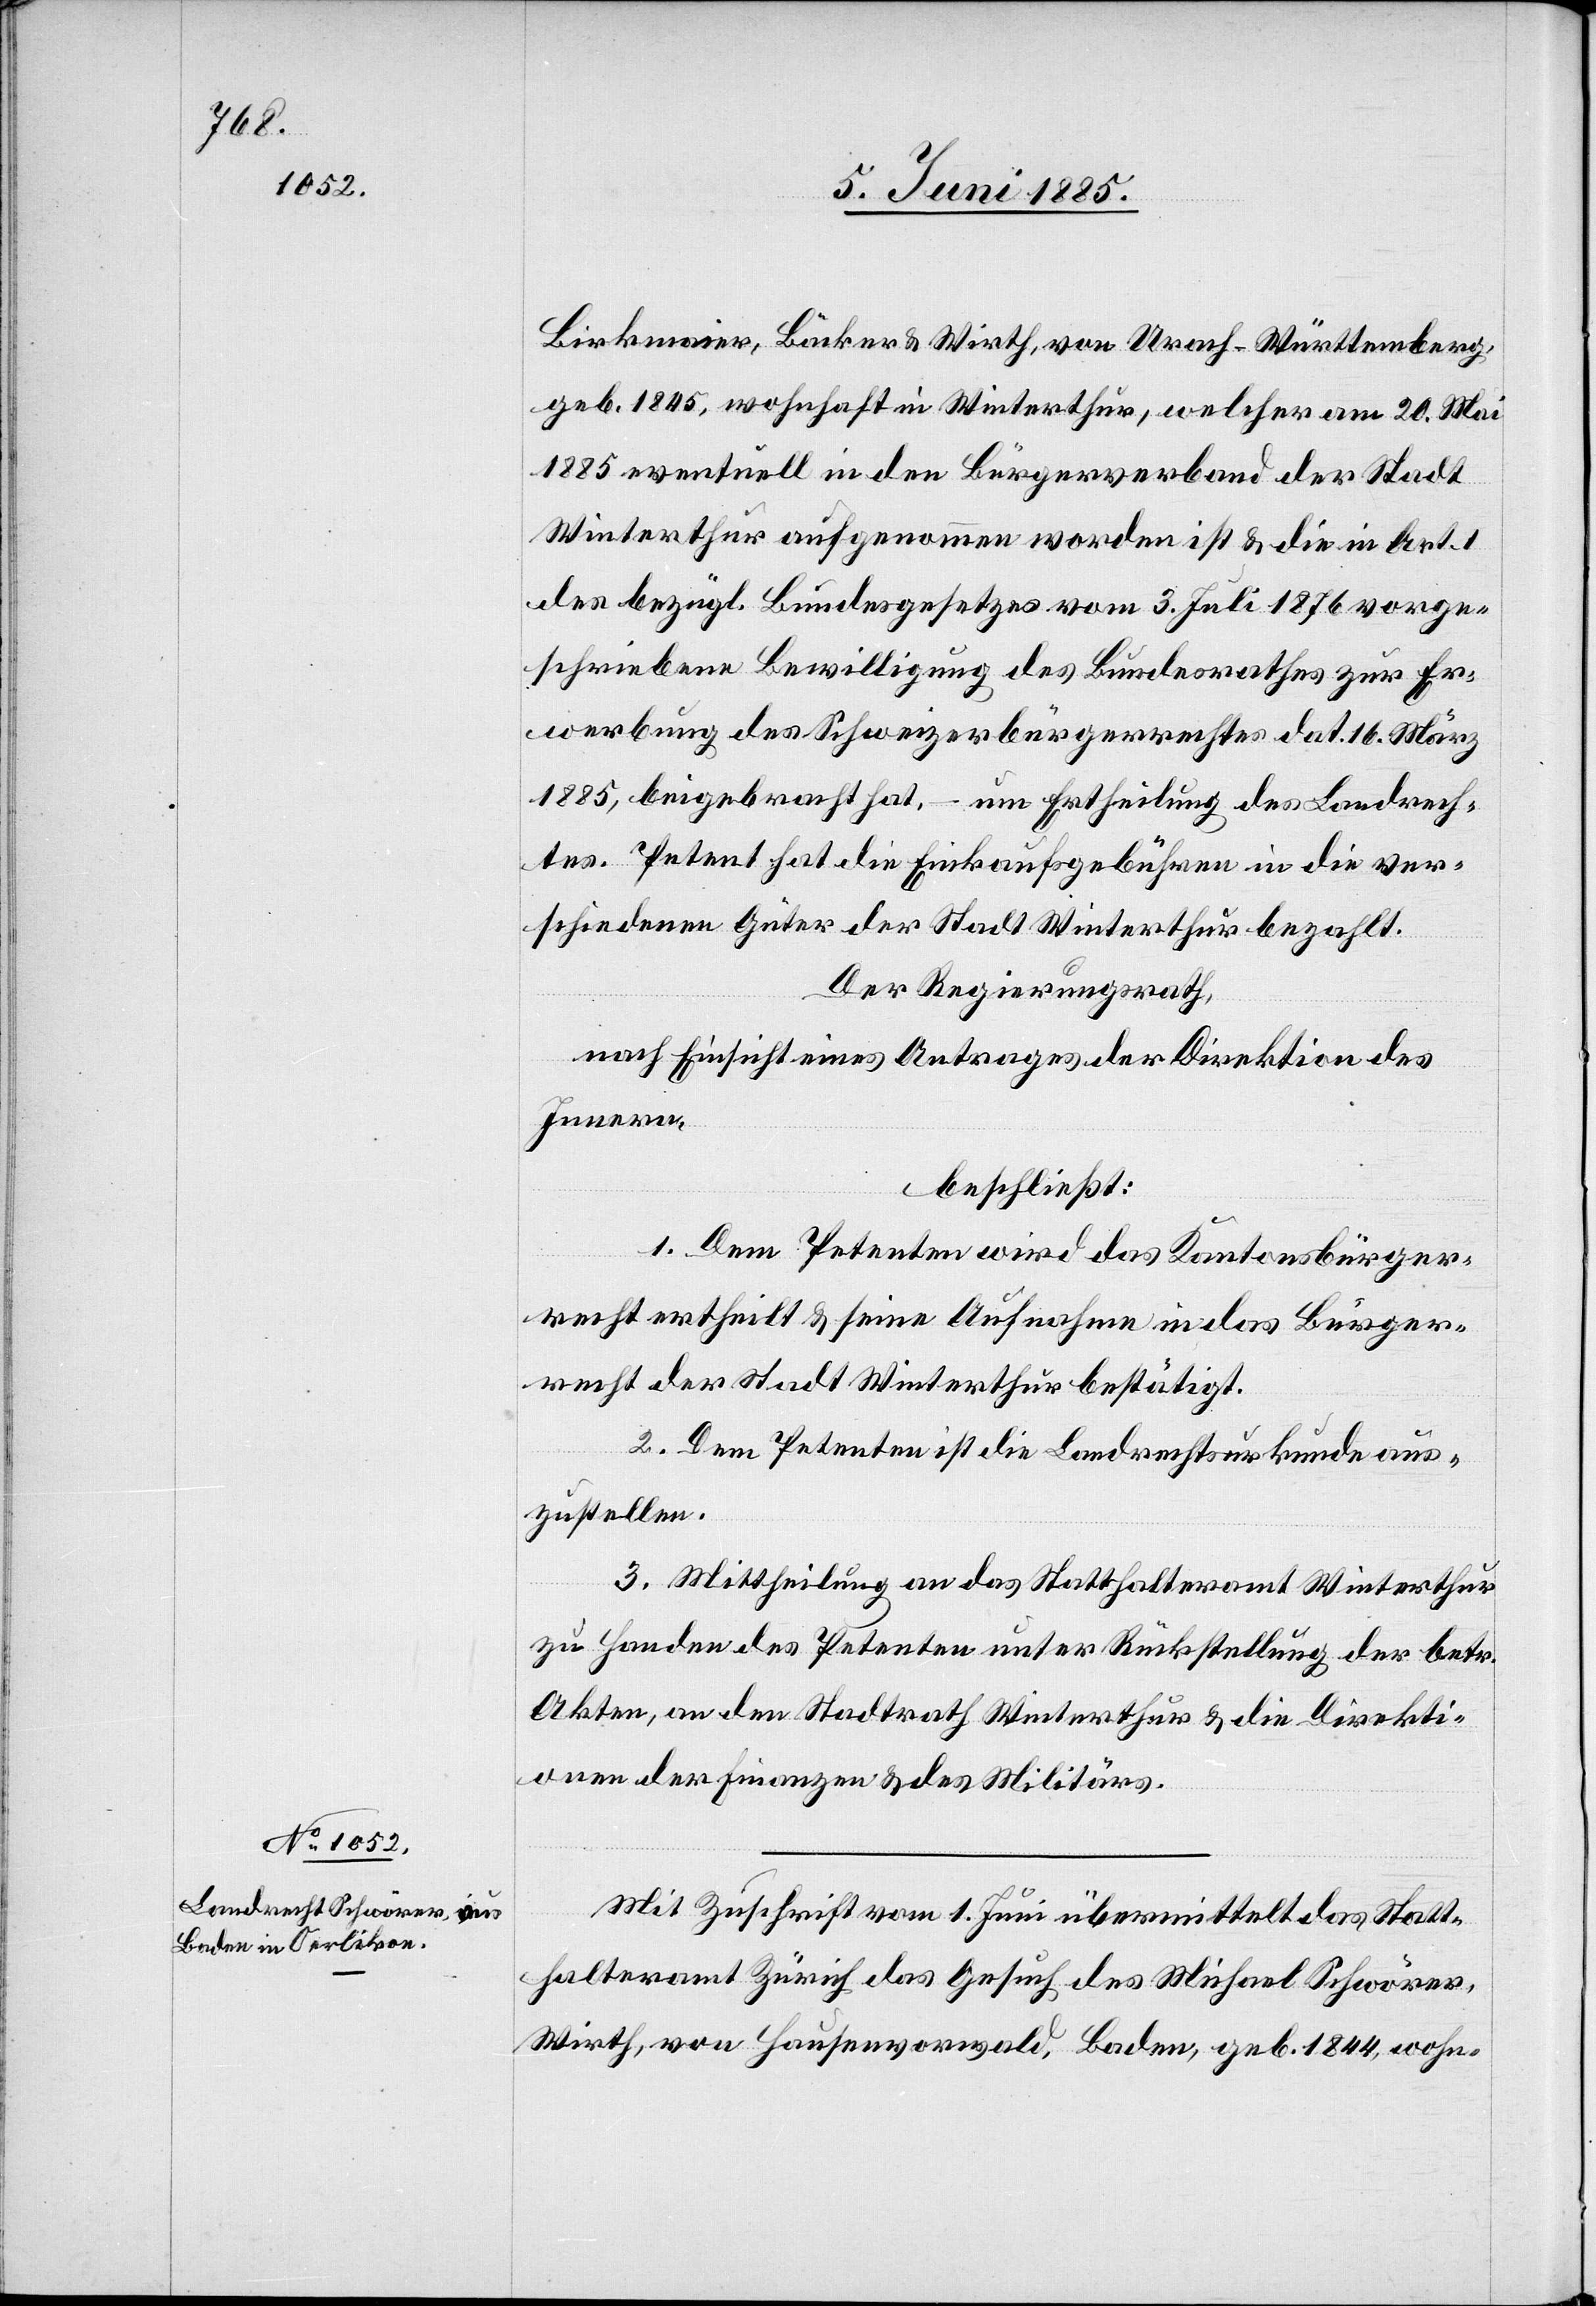
Birkmeier, Bäcker & Wirth, von Urach - Württemberg,
geb. 1845, wohnhaft in Winterthur, welcher am 20. Mai
1885 eventuell in den Bürgerverband der Stadt
Winterthur aufgenommen worden ist & die in Art. 1
des bezügl. Bundesgesetzes vom 3. Juli 1876 vorge¬
schriebene Bewilligung des Bundesrathes zur Er¬
werbung des Schweizerbürgerrechtes dat. 16. März
1885, beigebracht hat, – um Ertheilung des Landrech¬
tes. Petent hat die Einkaufsgebühren in die ver¬
schiedenen Güter der Stadt Winterthur bezahlt.
Der Regierungsrath,
nach Einsicht eines Antrages der Direktion des
Innern,
beschließt:
1. Dem Petenten wird das Kantonsbürger¬
recht ertheilt & seine Aufnahme in das Bürger¬
recht der Stadt Winterthur bestätigt.
2. Dem Petenten ist die Landrechtsurkunde aus¬
zustellen.
3. Mittheilung an das Statthalteramt Winterthur
zu Handen des Petenten unter Rückstellung der betr.
Akten, an den Stadtrath Winterthur & die Direkti¬
onen der Finanzen & des Militärs.
Mit Zuschrift vom 1. Juni übermittelt das Statt¬
halteramt Zürich das Gesuch des Michael Schwörer,
Wirth, von Hausenvorwald, Baden, geb. 1844, wohn-